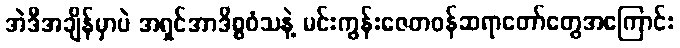
အဲဒီအချိန်မှာပဲ အရှင်အာဒိစ္စဝံသနဲ့ မင်းကွန်းဇေတဝန်ဆရာတော်တွေအကြောင်း